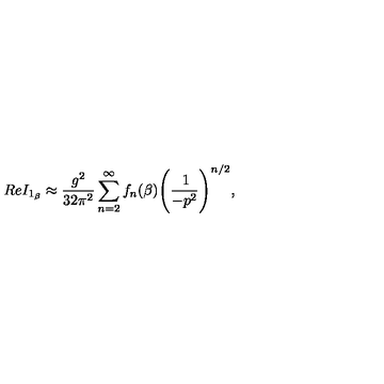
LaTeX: R e I _ { 1 _ { \beta } } \approx \frac { g ^ { 2 } } { 3 2 \pi ^ { 2 } } \sum _ { n = 2 } ^ { \infty } f _ { n } ( \beta ) \Bigg ( \frac { \: 1 } { - p ^ { 2 } } \Bigg ) ^ { n / 2 } ,